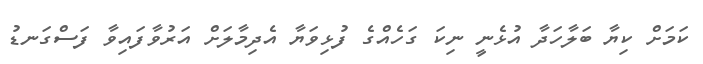
ކަމަށް ކިޔާ ބަލާހަދާ އުޅެނީ ނިކަ ގަހެއްގެ ފުޅިވަޔާ އެދިމާލަށް އަރުވާފައިވާ ފަސްގަނޑު